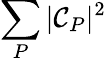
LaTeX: \sum_{P}|\mathcal{C}_{P}|^{2}